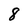
Character: 8